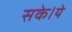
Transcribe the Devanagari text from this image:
सके।ये